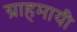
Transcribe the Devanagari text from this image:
ग्राहमायी